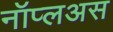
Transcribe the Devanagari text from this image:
नॉप्लअस